Indian journal of veterinary science and animal husbandry - Volume 2,
Year: 1932
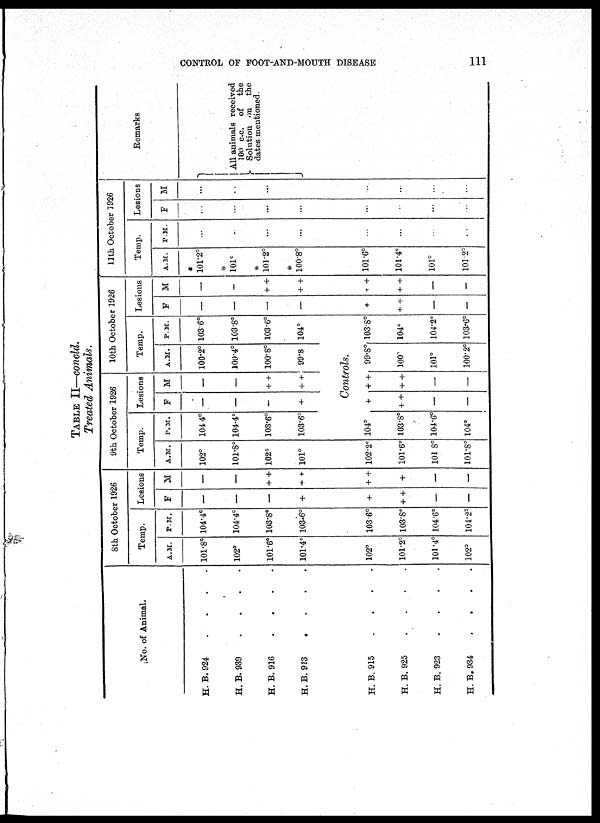
CONTROL OF FOOT-AND-MOUTH DISEASE
111
TABLE II—concld.
Treated Animals.
No. of Animal.
H. B.924 ....
H. B. 939
....
H. B.916
....
H. B. 913
....
8th October 1926
Temp.
A.M.
101.8°
102°
101.6°
101.4°
P.M.
104.4°
104.4°
103.8°
103.6°
Lesions
F
—
—
—
+
M
—
—
+ +
+
+
9th October 1926
Temp.
A.M.
102°
101.8°
102°
101°
H. B. 915 ....
H. B. 925 ....
H.B. 923 ....
H.B.934 ....
102°
101.2°
101.4°
102°
103.6°
103.8°
104.6°
104.2°
+
+ +
—
—
+ +
+ +
—
—
102.2°
101.6°
101 8°
101.8°
P.M.
104.4°
104.4°
103.6°
103.6°
Lesions
F
—
—
—
+
M
—
—
+ +
+ +
10th October 1926
Temp.
A.M.
100.2°
100.4°
100.8°
99.8
P.M.
103.6°
103 .8°
103.6°
104°
Controls.
104°
103.8°
104.6°
104°
+
+ +
—
—
+ +
+ +
—
—
99.8°
100°
101°
100.2°
103.8°
104°
104.2°
103.6°
Lesions
F
—
—
—
—
M
—
—
+ +
+ +
11th October 1926
Temp.
A.M.
*
101.2°
*
101°
*
101.2°
*
100.8°
P.M.
...
....
...
...
Lesions
F
...
...
...
...
M
...
...
...
...
Remarks
All animals received
100 c.c. of the
Solution on the
dates mentioned.
+
+ +
—
—
+ +
+ +
—
—
101.6°
101.4°
101°
101.2°
...
...
...
...
...
...
...
...
...
...
...
...